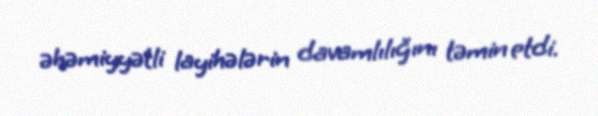
əhəmiyyətli layihələrin davamlılığını təmin etdi.